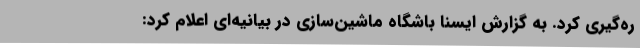
ره‌گیری کرد. به گزارش ایسنا باشگاه ماشین‌سازی در بیانیه‌ای اعلام کرد: